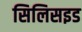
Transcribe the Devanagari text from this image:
सिलिसइड